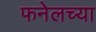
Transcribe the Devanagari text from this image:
फनेलच्या